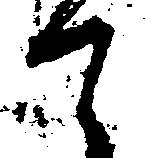
て